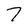
Character: 7